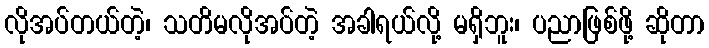
လိုအပ်တယ်တဲ့၊ သတိမလိုအပ်တဲ့ အခါရယ်လို့ မရှိဘူး၊ ပညာဖြစ်ဖို့ ဆိုတာ